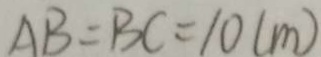
A B = B C = 1 0 ( m )